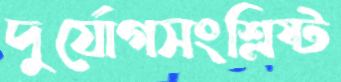
দুর্যোগসংশ্লিষ্ট